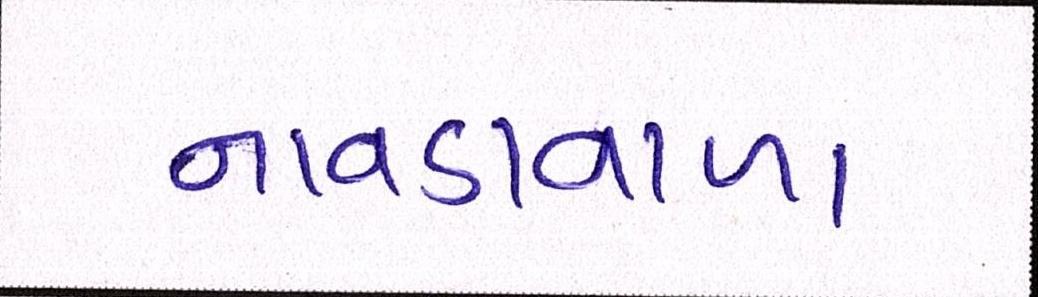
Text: નાવડાવાળા